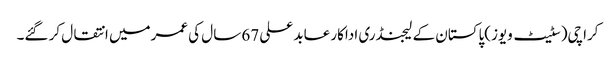
کراچی(سٹیٹ ویوز)پاکستان کے لیجنڈری اداکار عابد علی 67 سال کی عمرمیں انتقال کر گئے۔